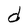
Character: d